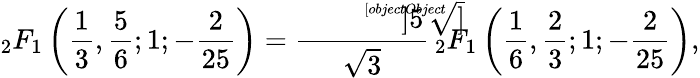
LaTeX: _{2}F_{1}\left({\frac{1}{3}},{\frac{5}{6}};1;{-\frac{2}{25}}\right)=\frac{\sqrt[[objectObject]]]{5}}{\sqrt{3}}{\, }_{2}F_{1}\left({\frac{1}{6}},{\frac{2}{3}};1;{-\frac{2}{25}}\right),